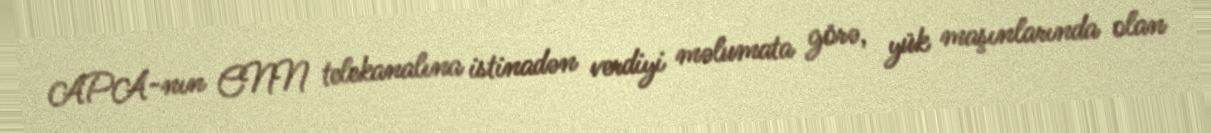
APA-nın CNN telekanalına istinadən verdiyi məlumata görə, yük maşınlarında olan